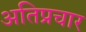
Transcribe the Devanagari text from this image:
अतिप्रचार